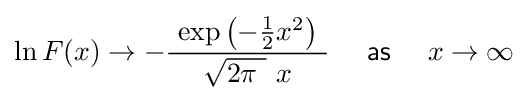
\ln F(x)\rightarrow -{\frac {\ \exp \left(-{\tfrac {1}{2}}x^{2}\right)\ }{{\sqrt {2\pi \ }}\ x}}\quad {\mathsf {~as~}}\quad x\rightarrow \infty